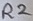
Text: R2